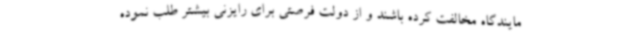
مایندگاه مخالفت کرده باشند و از دولت فرصتی برای رایزنی بیشتر طلب نموده